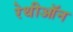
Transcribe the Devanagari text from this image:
रेथीऑन